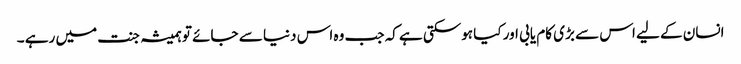
انسان کے لیے اس سے بڑی کام یابی اور کیا ہوسکتی ہے کہ جب وہ اس دنیا سے جائے تو ہمیشہ جنت میں رہے ۔